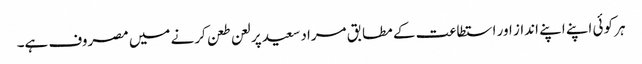
ہر کوئی اپنے اپنے انداز اور استطاعت کے مطابق مراد سعید پر لعن طعن کرنے میں مصروف ہے۔